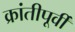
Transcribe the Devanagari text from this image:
क्रांतीपूर्वी